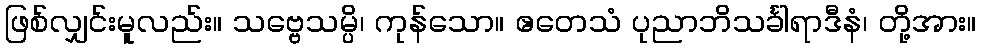
ဖြစ်လျှင်းမူလည်း။ သဗ္ဗေသမ္ပိ၊ ကုန်သော။ ဧတေသံ ပုညာဘိသင်္ခါရာဒီနံ၊ တို့အား။